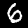
Label: 6